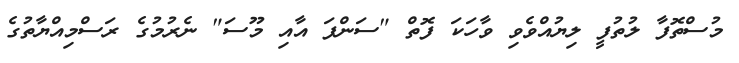
މުސްތޮފާ ލުތުފީ ލިޔުއްވެވި ވާހަކަ ފޮތް "ސަންފަ އާއި މޫސަ" ނެރުމުގެ ރަސްމިއްޔާތުގެ